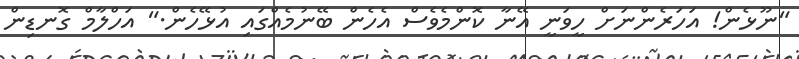
"ނޫޅެން! އަހަރެންނަށް ހީވަނީ އޭނާ ކޮންމެވެސް އެހެން ބޭނުމެއްގައި އުޅޭހެން." އަހްލާމް ގޮނޑިން